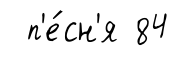
п'е́сн'я 84